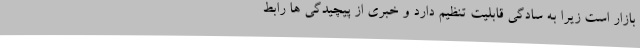
بازار است زیرا به سادگی قابلیت تنظیم دارد و خبری از پیچیدگی ها رابط